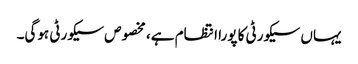
یہاں سیکورٹی کا پورا انتظام ہے، مخصوص سیکورٹی ہوگی۔